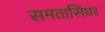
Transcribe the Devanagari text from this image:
समतासिंघर